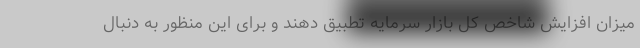
میزان افزایش شاخص کل بازار سرمایه تطبیق دهند و برای این منظور به دنبال